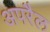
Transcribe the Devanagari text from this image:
अपरैल